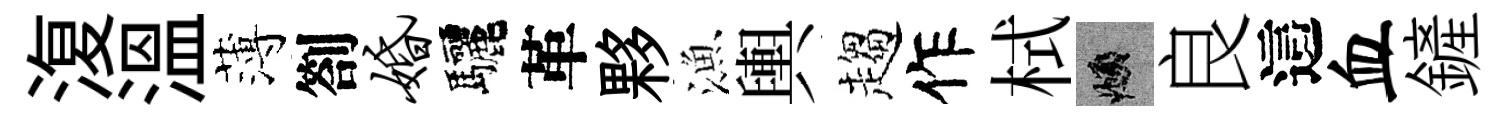
𣸪溫薄劄婚驅革夥漁輿趨作栻頫良這血鏟